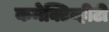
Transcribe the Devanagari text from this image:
कनेक्टिव्हीटी